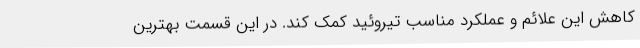
کاهش این علائم و عملکرد مناسب تیروئید کمک کند. در این قسمت بهترین